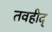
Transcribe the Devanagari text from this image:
तवहीद्